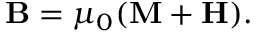
\mathbf { B } = \mu _ { 0 } ( \mathbf { M } + \mathbf { H } ) .